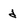
Character: d